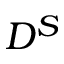
D ^ { S }